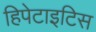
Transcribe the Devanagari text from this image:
हिपेटाइटिस